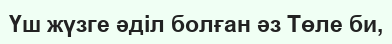
Үш жүзге әділ болған әз Төле би,